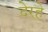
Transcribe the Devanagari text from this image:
देरहे